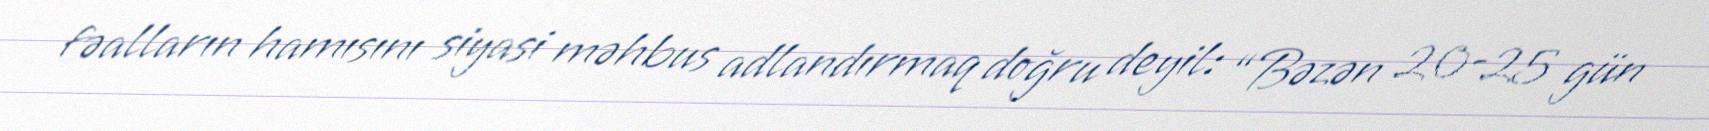
fəalların hamısını siyasi məhbus adlandırmaq doğru deyil: “Bəzən 20-25 gün